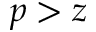
p > z